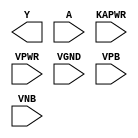
module sky130_fd_sc_hd__lpflow_clkinvkapwr (
    Y    ,
    A    ,
    KAPWR,
    VPWR ,
    VGND ,
    VPB  ,
    VNB
);

    output Y    ;
    input  A    ;
    input  KAPWR;
    input  VPWR ;
    input  VGND ;
    input  VPB  ;
    input  VNB  ;
endmodule